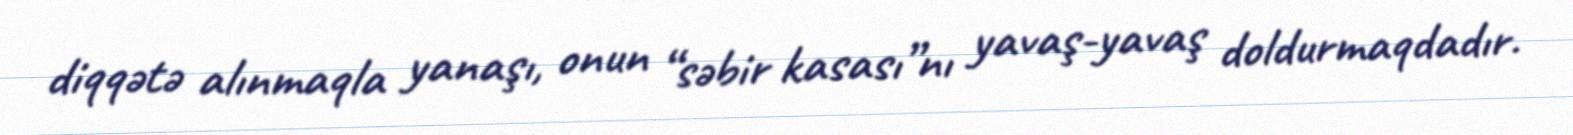
diqqətə alınmaqla yanaşı, onun “səbir kasası”nı yavaş-yavaş doldurmaqdadır.